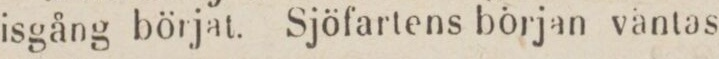
isgång börjat. Sjöfartens början väntas